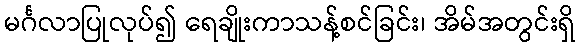
မင်္ဂလာပြုလုပ်၍ ရေချိုးကာသန့်စင်ခြင်း၊ အိမ်အတွင်းရှိ